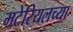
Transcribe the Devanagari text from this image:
मटेरियलच्या